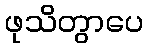
ဖုသိတွာပေ